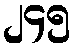
၂၄၅